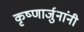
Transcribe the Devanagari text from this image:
कृष्णार्जुनांनी